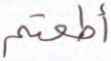
أطعتم